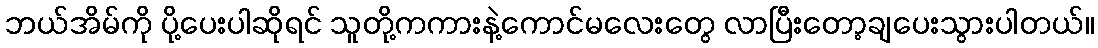
ဘယ်အိမ်ကို ပို့ပေးပါဆိုရင် သူတို့ကကားနဲ့ကောင်မလေးတွေ လာပြီးတော့ချပေးသွားပါတယ်။